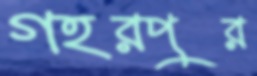
গহরপুর